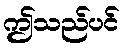
ဤသည်ပင်